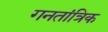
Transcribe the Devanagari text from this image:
गनतांत्रिक